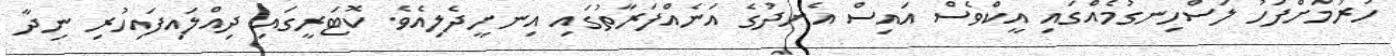
ހުރުމަށްފަހު ލަސްހިނގުމެއްގައި އީކްވެސް އައިސް އެނދުގެ އަނެއްފަރާތުގައި އިނށީދެލިއެވެ. ކޮޓަރީގައި ދިއްލައިފައިހުރި ނިދާ